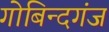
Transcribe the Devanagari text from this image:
गोबिन्दगंज